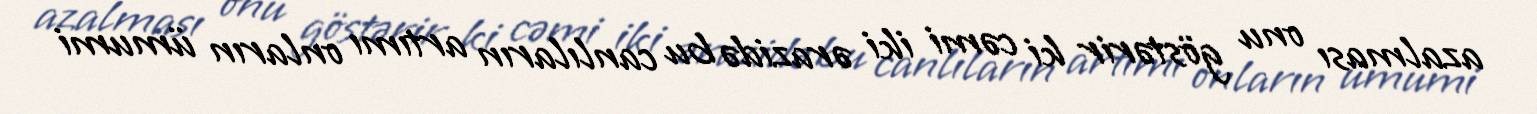
azalması onu göstərir ki cəmi iki ərazidə bu canlıların artımı onların ümumi